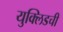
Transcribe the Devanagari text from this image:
युक्लिडची